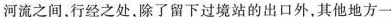
河流之间，行经之处，除了留下过境站的出口外，其他地方一